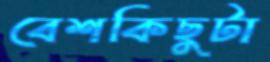
বেশকিছুটা